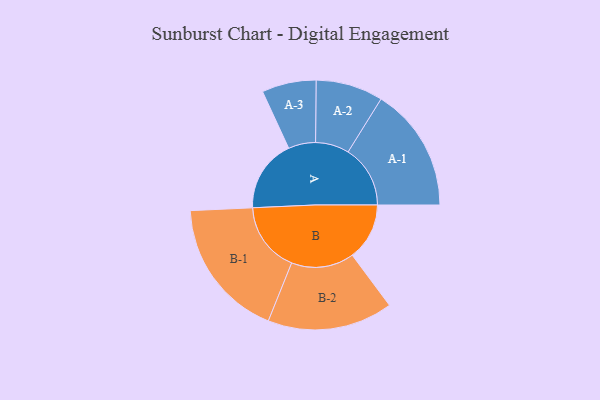
{"axis": {"x": "Segment", "y": "Value"}, "legend": ["", "A", "B"], "data": [{"x": "A", "y": 302, "type": ""}, {"x": "B", "y": 238, "type": ""}, {"x": "A-1", "y": 259, "type": "A"}, {"x": "A-2", "y": 140, "type": "A"}, {"x": "A-3", "y": 113, "type": "A"}, {"x": "B-1", "y": 292, "type": "B"}, {"x": "B-2", "y": 261, "type": "B"}]}